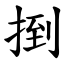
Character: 捯